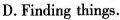
D.Finding things.